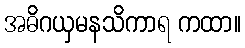
အဓိဂယှမနသိကာရ ကထာ။